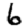
Digit: 6